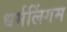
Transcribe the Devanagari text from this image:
धर्मलिंगम